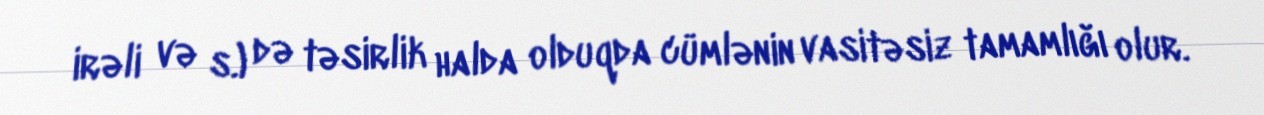
irəli və s.) də təsirlik halda olduqda cümlənin vasitəsiz tamamlığı olur.